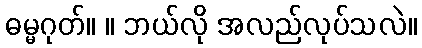
ဓမ္မဂုတ်။ ။ ဘယ်လို အလည်လုပ်သလဲ။